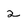
Character: 2